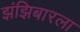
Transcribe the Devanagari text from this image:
झंझिबारला